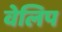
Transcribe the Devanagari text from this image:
वेलिप